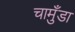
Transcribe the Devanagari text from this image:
चामुँडा